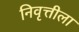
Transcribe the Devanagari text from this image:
निवृत्तीला